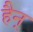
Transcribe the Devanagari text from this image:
हैन्